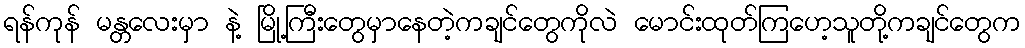
ရန်ကုန် မန္တလေးမှာ နဲ့ မြို့ကြီးတွေမှာနေတဲ့ကချင်တွေကိုလဲ မောင်းထုတ်ကြဟေ့သူတို့ကချင်တွေက